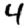
Digit: 4